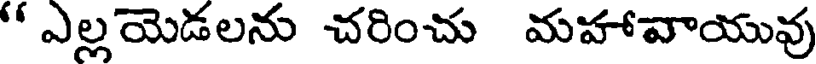
" ఎల్లయెడలను చరించు మహావాయువు